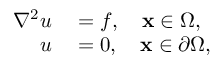
\begin{array} { r l } { \nabla ^ { 2 } u } & { { } = f , \quad \mathbf { x } \in \Omega , } \\ { u } & { { } = 0 , \quad \mathbf { x } \in \partial \Omega , } \end{array}